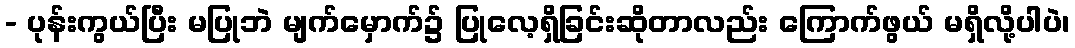
- ပုန်းကွယ်ပြီး မပြုဘဲ မျက်မှောက်၌ ပြုလေ့ရှိခြင်းဆိုတာလည်း ကြောက်ဖွယ် မရှိလို့ပါပဲ၊